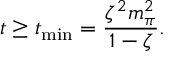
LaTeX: t \geq t _ { \mathrm { m i n } } = \frac { \zeta ^ { 2 } m _ { \pi } ^ { 2 } } { 1 - \zeta } .